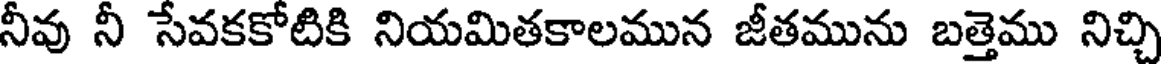
నీవు నీ సేవకకోటికి నియమితకాలమున జీతమును బత్తెము నిచ్చి